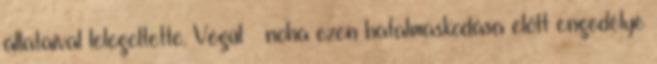
állataival lelegeltette. Végül – noha ezen hatalmaskodása előtt engedélye